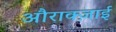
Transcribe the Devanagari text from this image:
औराक्ज़ाई